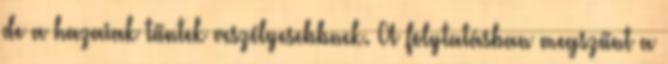
de a hazaiak tűntek veszélyesebbnek. A folytatásban megszűnt a